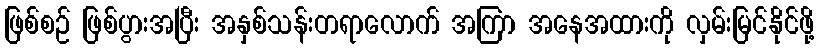
ဖြစ်စဉ် ဖြစ်ပွားအပြီး အနှစ်သန်းတရာလောက် အကြာ အနေအထားကို လှမ်းမြင်နိုင်ဖို့